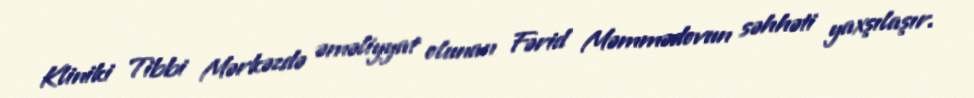
Kliniki Tibbi Mərkəzdə əməliyyat olunan Fərid Məmmədovun səhhəti yaxşılaşır.